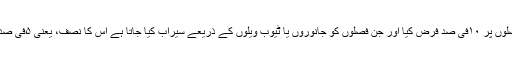
اس لیے بارش یا اس جیسی چیز سے سیراب ہونے والی فصلوں پر ۱۰فی صد فرض کیا اور جن فصلوں کو جانوروں یا ٹیوب ویلوں کے ذریعے سیراب کیا جاتا ہے اس کا نصف، یعنی ۵فی صد (دیکھیے: الروض النضیر، ج۲، ص۳۸۹، مطبعۃ السعادۃ۔